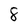
Character: 8